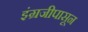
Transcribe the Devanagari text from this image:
इंग्रजीपासून